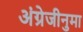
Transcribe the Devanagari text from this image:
अंग्रेजीनुमा